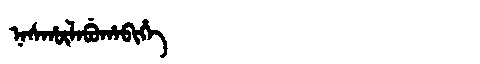
Manchu: ᠨᠠᠰᡥᡡᠯᠠᠪᡠᡥᠠᠪᡳᡥᡝ
Romanization: NASHŪLABUHABIHE